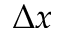
\Delta x